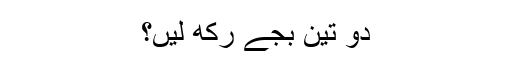
دو تین بجے رکھ لیں؟